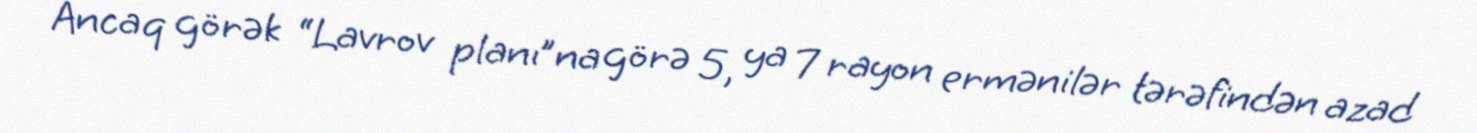
Ancaq görək “Lavrov planı”na görə 5, ya 7 rayon ermənilər tərəfindən azad